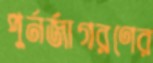
পুর্নর্জাগরণের